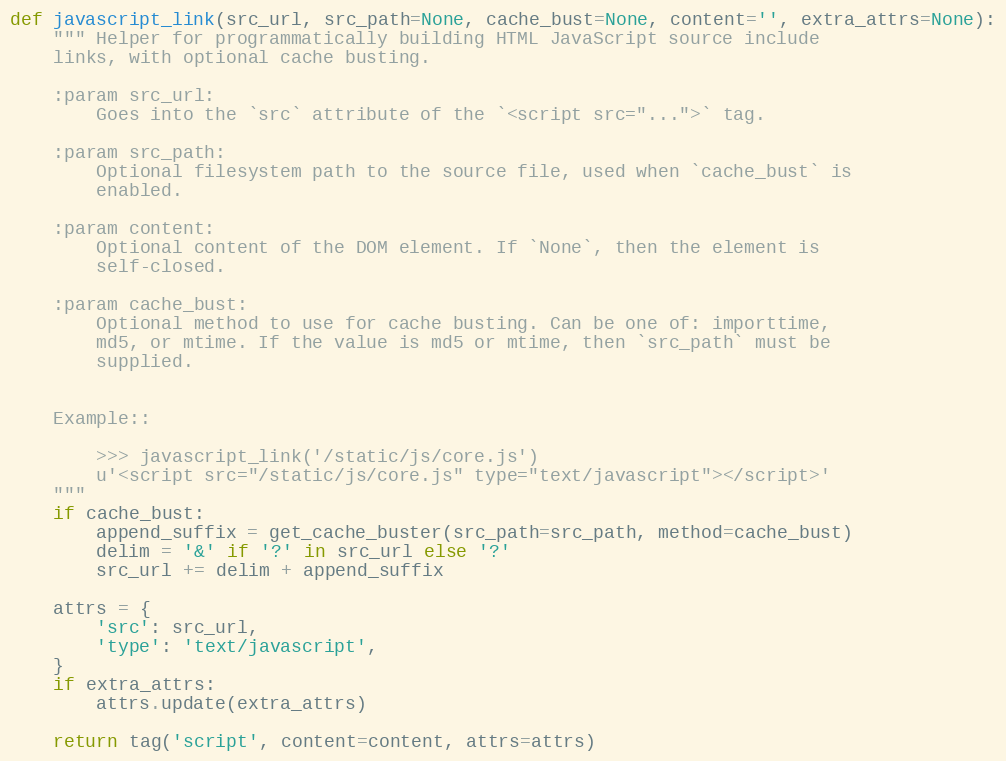
Language: Python
def javascript_link(src_url, src_path=None, cache_bust=None, content='', extra_attrs=None):
    """ Helper for programmatically building HTML JavaScript source include
    links, with optional cache busting.

    :param src_url:
        Goes into the `src` attribute of the `<script src="...">` tag.

    :param src_path:
        Optional filesystem path to the source file, used when `cache_bust` is
        enabled.

    :param content:
        Optional content of the DOM element. If `None`, then the element is
        self-closed.

    :param cache_bust:
        Optional method to use for cache busting. Can be one of: importtime,
        md5, or mtime. If the value is md5 or mtime, then `src_path` must be
        supplied.

    Example::

        >>> javascript_link('/static/js/core.js')
        u'<script src="/static/js/core.js" type="text/javascript"></script>'
    """
    if cache_bust:
        append_suffix = get_cache_buster(src_path=src_path, method=cache_bust)
        delim = '&' if '?' in src_url else '?'
        src_url += delim + append_suffix

    attrs = {
        'src': src_url,
        'type': 'text/javascript',
    }
    if extra_attrs:
        attrs.update(extra_attrs)

    return tag('script', content=content, attrs=attrs)